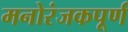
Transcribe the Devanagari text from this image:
मनोरंजकपूर्ण